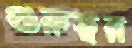
গুরুত্বর